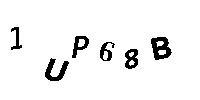
1UP68B